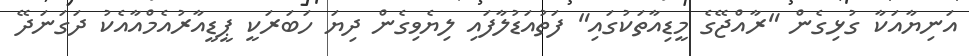
އަނިޔާއަކާ ގުޅިގެން "ރާއްޖޭގެ މީޑިއާތަކުގައި" ފަތުއަޑުލާފައި ލިޔެވިގެން ދިޔަ ހަބަރަކީ ޕީޑީއާރުއެމްއާއެކު ދަގަނަދޭ